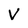
Character: v